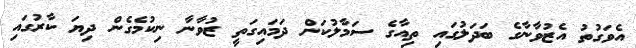
އެވަގުތު އެޒުވާނާގެ ބަދަލުގައި ތިއާގެ ސަމާލުކަން ދަމައިގަތީ ޒުވާނާ ނިކުމެގެން ދިޔަ ކާރުގައި